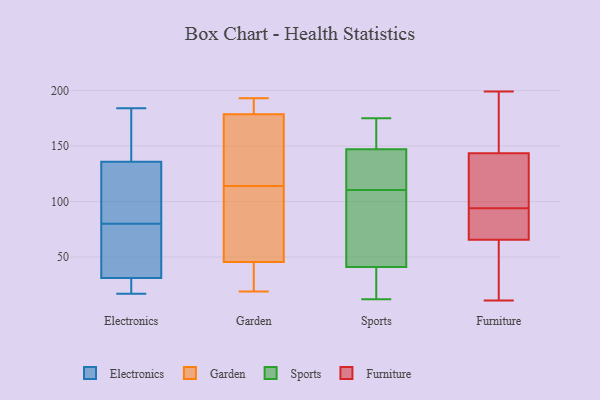
{"axis": {"x": "Headcount", "y": "Value"}, "legend": ["Electronics", "Furniture", "Garden", "Sports"], "data": [{"x": "", "y": 158, "type": "Electronics"}, {"x": "", "y": 31, "type": "Electronics"}, {"x": "", "y": 184, "type": "Electronics"}, {"x": "", "y": 32, "type": "Electronics"}, {"x": "", "y": 25, "type": "Electronics"}, {"x": "", "y": 80, "type": "Electronics"}, {"x": "", "y": 70, "type": "Electronics"}, {"x": "", "y": 65, "type": "Electronics"}, {"x": "", "y": 17, "type": "Electronics"}, {"x": "", "y": 101, "type": "Electronics"}, {"x": "", "y": 141, "type": "Electronics"}, {"x": "", "y": 155, "type": "Electronics"}, {"x": "", "y": 120, "type": "Electronics"}, {"x": "", "y": 27, "type": "Electronics"}, {"x": "", "y": 113, "type": "Electronics"}, {"x": "", "y": 22, "type": "Garden"}, {"x": "", "y": 50, "type": "Garden"}, {"x": "", "y": 92, "type": "Garden"}, {"x": "", "y": 193, "type": "Garden"}, {"x": "", "y": 116, "type": "Garden"}, {"x": "", "y": 41, "type": "Garden"}, {"x": "", "y": 147, "type": "Garden"}, {"x": "", "y": 19, "type": "Garden"}, {"x": "", "y": 175, "type": "Garden"}, {"x": "", "y": 182, "type": "Garden"}, {"x": "", "y": 188, "type": "Garden"}, {"x": "", "y": 112, "type": "Garden"}, {"x": "", "y": 109, "type": "Sports"}, {"x": "", "y": 112, "type": "Sports"}, {"x": "", "y": 35, "type": "Sports"}, {"x": "", "y": 139, "type": "Sports"}, {"x": "", "y": 134, "type": "Sports"}, {"x": "", "y": 158, "type": "Sports"}, {"x": "", "y": 33, "type": "Sports"}, {"x": "", "y": 32, "type": "Sports"}, {"x": "", "y": 147, "type": "Sports"}, {"x": "", "y": 41, "type": "Sports"}, {"x": "", "y": 94, "type": "Sports"}, {"x": "", "y": 113, "type": "Sports"}, {"x": "", "y": 72, "type": "Sports"}, {"x": "", "y": 12, "type": "Sports"}, {"x": "", "y": 64, "type": "Sports"}, {"x": "", "y": 175, "type": "Sports"}, {"x": "", "y": 164, "type": "Sports"}, {"x": "", "y": 173, "type": "Sports"}, {"x": "", "y": 22, "type": "Furniture"}, {"x": "", "y": 72, "type": "Furniture"}, {"x": "", "y": 94, "type": "Furniture"}, {"x": "", "y": 49, "type": "Furniture"}, {"x": "", "y": 144, "type": "Furniture"}, {"x": "", "y": 77, "type": "Furniture"}, {"x": "", "y": 99, "type": "Furniture"}, {"x": "", "y": 11, "type": "Furniture"}, {"x": "", "y": 198, "type": "Furniture"}, {"x": "", "y": 12, "type": "Furniture"}, {"x": "", "y": 142, "type": "Furniture"}, {"x": "", "y": 65, "type": "Furniture"}, {"x": "", "y": 67, "type": "Furniture"}, {"x": "", "y": 161, "type": "Furniture"}, {"x": "", "y": 71, "type": "Furniture"}, {"x": "", "y": 98, "type": "Furniture"}, {"x": "", "y": 199, "type": "Furniture"}, {"x": "", "y": 99, "type": "Furniture"}, {"x": "", "y": 156, "type": "Furniture"}]}